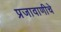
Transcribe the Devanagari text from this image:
प्रजावाणीचे